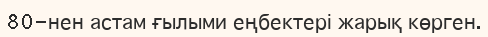
80-нен астам ғылыми еңбектері жарық көрген.